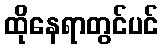
ထိုနေရာတွင်ပင်